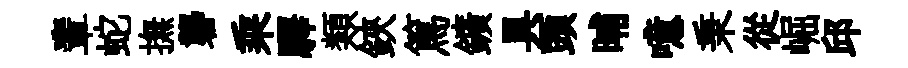
輩蛇撫礱乘驛類鋏篤鑛具頭晡噫秉從崛邱